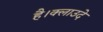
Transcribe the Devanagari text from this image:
है।क्लाउदे